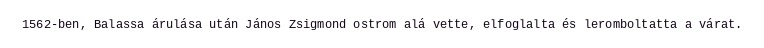
1562-ben, Balassa árulása után János Zsigmond ostrom alá vette, elfoglalta és leromboltatta a várat.